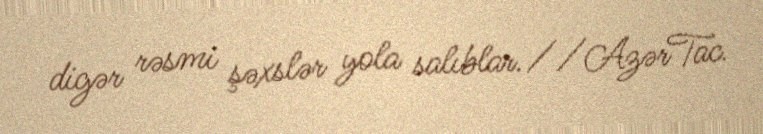
digər rəsmi şəxslər yola salıblar.//AzərTac.